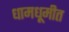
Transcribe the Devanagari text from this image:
धामधूमीत